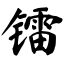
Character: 镭